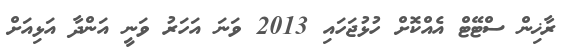
ރާޚިން ސްޓޭޓް އެއްކޮށް ހުޅުޖަހައި 2013 ވަނަ އަހަރު ވަނީ އަންދާ އަޅިއަށް